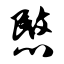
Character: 愍